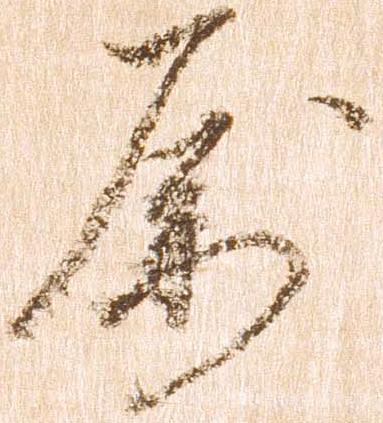
属